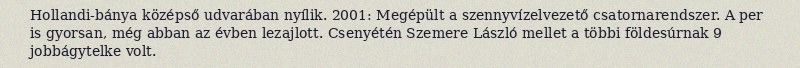
Hollandi-bánya középső udvarában nyílik. 2001: Megépült a szennyvízelvezető csatornarendszer. A per is gyorsan, még abban az évben lezajlott. Csenyétén Szemere László mellet a többi földesúrnak 9 jobbágytelke volt.